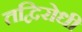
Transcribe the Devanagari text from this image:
तद्विरोधी